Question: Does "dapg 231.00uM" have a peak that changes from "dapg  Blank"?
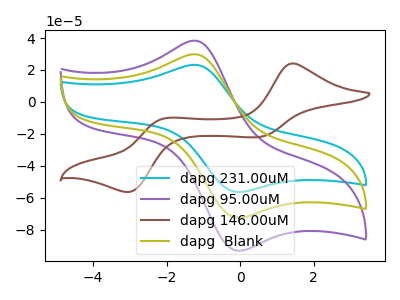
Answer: <think>The cyan curve "dapg 231.00uM" has an anodic peak at (-1.20V, 23.20uA) and a cathodic peak at (-0.05V, -56.40uA). The purple curve "dapg 95.00uM" has an anodic peak at (-1.20V, 59.65uA) and a cathodic peak at (-0.05V, -145.05uA). The brown curve "dapg 146.00uM" has anodic peaks at (1.45V, 24.10uA) (-2.05V, -10.25uA) and cathodic peaks at (0.50V, -22.00uA) (-3.05V, -56.40uA). The olive curve "dapg  Blank" has an anodic peak at (-1.20V, 29.85uA) and a cathodic peak at (-0.05V, -72.50uA).
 All the peaks in "dapg 231.00uM" have a peak in "dapg  Blank" at the same potential. Every peak in "dapg 231.00uM" is lower than every peak in "dapg  Blank".</think>
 <answer>No, "dapg 231.00uM" and "dapg  Blank" don't appear to be significantly different in shape</answer>
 <eval>no_change</eval>